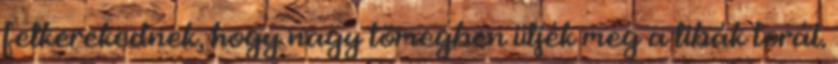
felkerekednek, hogy nagy tömegben üljék meg a libák torát.